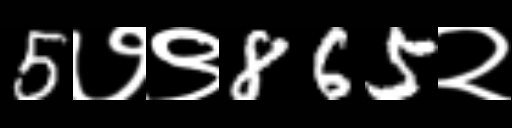
Text: 5७९865२